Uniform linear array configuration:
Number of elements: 8
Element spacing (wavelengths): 1
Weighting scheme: uniform
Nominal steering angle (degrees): -30
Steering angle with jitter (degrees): -29.291
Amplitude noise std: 0.05
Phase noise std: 0.05

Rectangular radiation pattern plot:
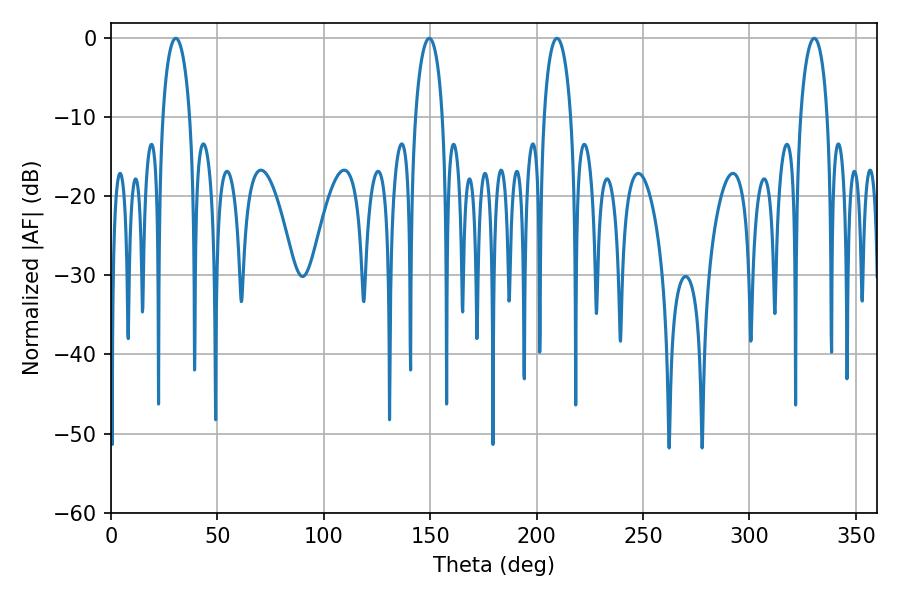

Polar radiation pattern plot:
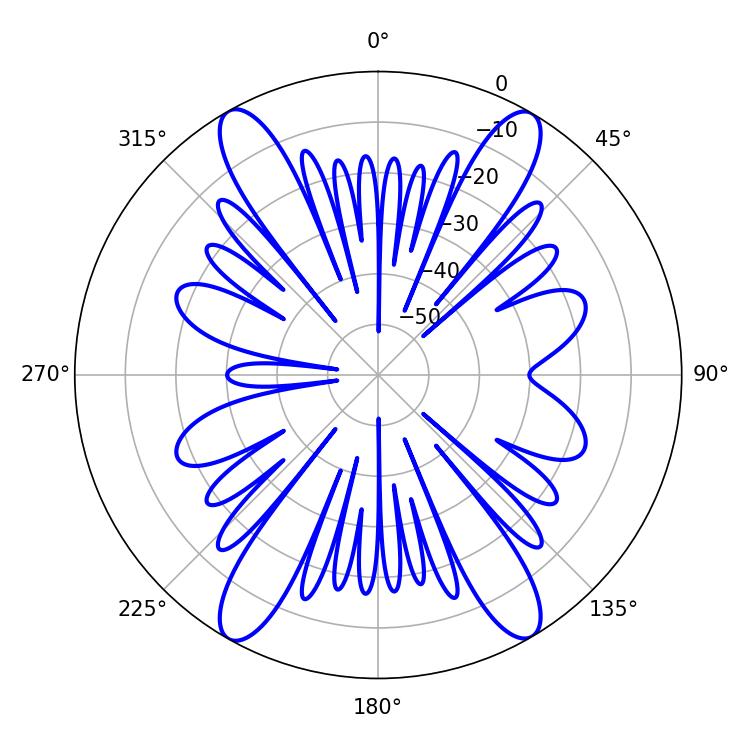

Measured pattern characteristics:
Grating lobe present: TRUE
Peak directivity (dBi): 23.822
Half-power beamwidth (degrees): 7.38
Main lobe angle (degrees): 30.42